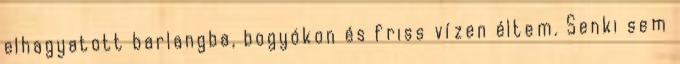
elhagyatott barlangba, bogyókon és friss vízen éltem. Senki sem